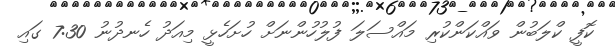
ކޮފީ ކްލަބުން ވައްކަންކުރި މައްސަލަ ފުލުހުންނަށް ހުށަހެޅީ މިއަދު ހެނދުނު 7:30 ގައި